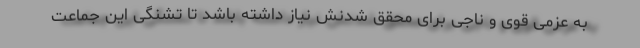
به عزمی قوی و ناجی برای محقق شدنش نیاز داشته باشد تا تشنگی این جماعت